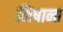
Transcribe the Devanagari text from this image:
निषान्त